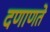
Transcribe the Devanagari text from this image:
दणाणते